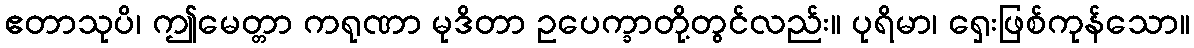
ဧတာသုပိ၊ ဤမေတ္တာ ကရုဏာ မုဒိတာ ဥပေက္ခာတို့တွင်လည်း။ ပုရိမာ၊ ရှေးဖြစ်ကုန်သော။